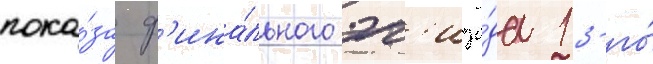
пока́за ф'ина́льного эп'изо́да 13-го́